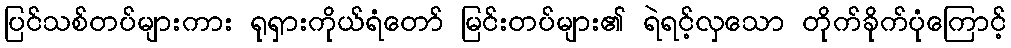
ပြင်သစ်တပ်များကား ရုရှားကိုယ်ရံတော် မြင်းတပ်များ၏ ရဲရင့်လှသော တိုက်ခိုက်ပုံကြောင့်